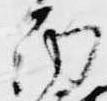
南